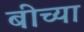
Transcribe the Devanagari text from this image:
बीच्या